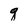
Character: q